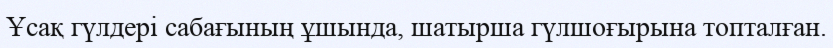
Ұсақ гүлдері сабағының ұшында, шатырша гүлшоғырына топталған.